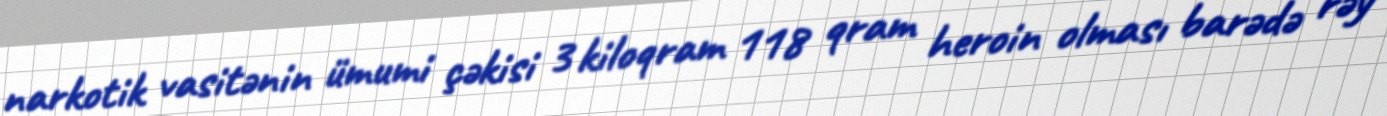
narkotik vasitənin ümumi çəkisi 3 kiloqram 118 qram heroin olması barədə rəy